Manual of the Civil Veterinary Department, Central Provinces and Berar
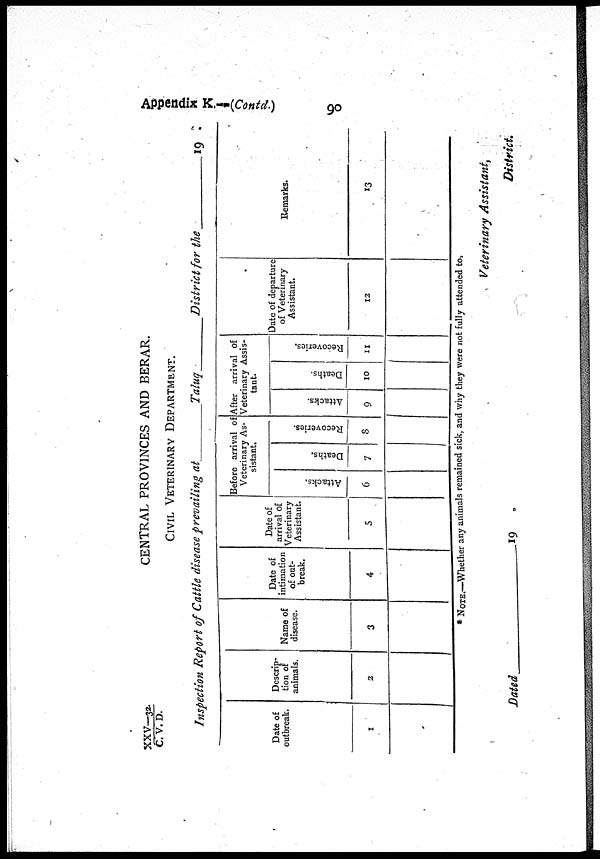
Appendix K.—(Contd.)
90
XXV—32./ C. V. D.
CENTRAL PROVINCES AND BERAR.
CIVIL VETERINARY DEPARTMENT.
Inspection Report of Cattle disease prevailing at
Taluq
District for the
19
Date of
outbreak.
1
Descrip-
tion of
animals.
2
Name of
disease.
3
Date of
intimation
of out-
break.
4
Date of
arrival of
Veterinary
Assistant.
5
Before arrival of
Veterinary As-
sistant.
J Attacks.
6
Deaths.
7
Recoveries.
8
After arrival of
Veterinary Assis-
tant.
Attacks.
9
Deaths.
10
Recoveries.
11
Date of departure
of Veterinary
Assistant.
12
Remarks.
13
* NOTE.—Whether any animals remained sick, and why they were not fully attended to,
Dated
19
Veterinary Assistant,
District.